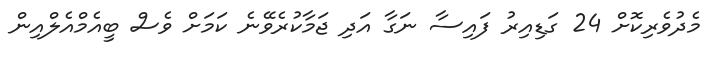
މެދުވެރިކޮށް 24 ގަޑިއިރު ފައިސާ ނަގާ އަދި ޖަމާކުރެވޭނެ ކަމަށް ވެސް ބީއެމްއެލްއިން